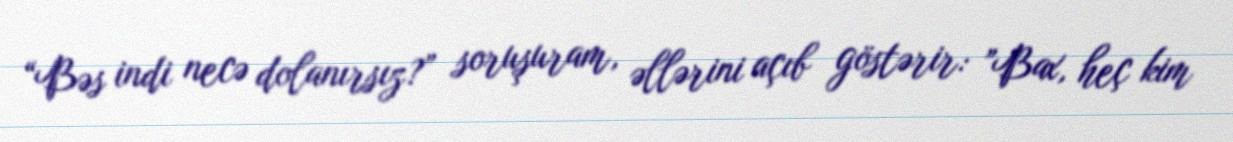
“Bəs indi necə dolanırsız?” soruşuram, əllərini açıb göstərir: ”Bax, heç kim